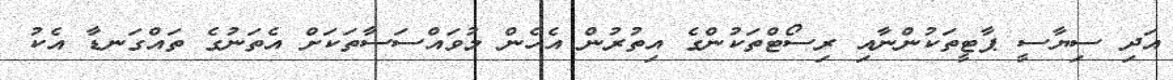
އަދި ސިޔާސީ ޕާޓީތަކުންނާއި ރިސޯޓްތަކުންގެ އިތުރުން އެހެން މުވައްސަސާތަކަށް އެތަނުގެ ތައްގަނޑާ އެކު